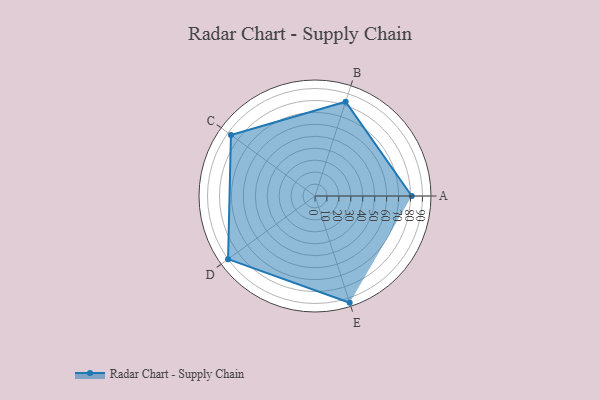
{"axis": {"x": "Skill", "y": "Score"}, "legend": ["Profile"], "data": [{"x": "A", "y": 81.0, "type": "Profile"}, {"x": "B", "y": 83.0, "type": "Profile"}, {"x": "C", "y": 87.0, "type": "Profile"}, {"x": "D", "y": 90.0, "type": "Profile"}, {"x": "E", "y": 94.0, "type": "Profile"}]}